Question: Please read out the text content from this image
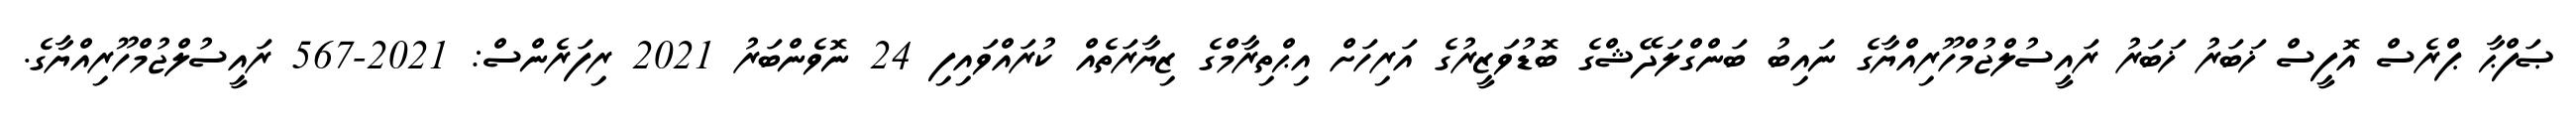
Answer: ޞަފްޙާ ޕްރެސް އޮފީސް ޚަބަރު ޚަބަރު ރައީސުލްޖުމްހޫރިއްޔާގެ ނައިބު ބަންގްލަދޭޝްގެ ބޮޑުވަޒީރުގެ އަރިހަށް އިޙްތިރާމްގެ ޒިޔާރަތެއް ކުރައްވައިފި 24 ނޮވެންބަރު 2021 ރިފަރެންސް: 2021-567 ރައީސުލްޖުމްހޫރިއްޔާގެ.